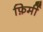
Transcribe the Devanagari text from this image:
फ़िर्मी